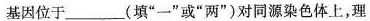
基因位于___(填”一”或”两”)对同源染色体上，理